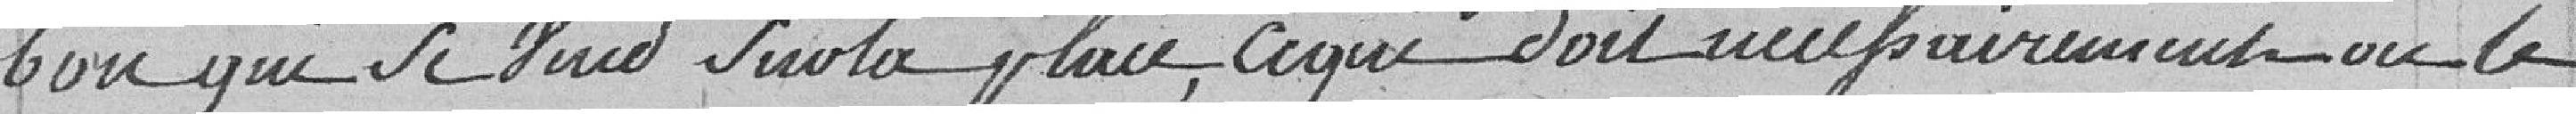
bon qui se vend sur la place, ce qui doit nécessairement ou le